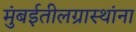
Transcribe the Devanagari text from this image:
मुंबईतीलग्रास्‍थांना